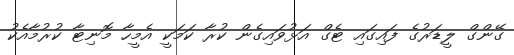
ގޭންގް ލީޑަރުގެ ފައިގައި ޓެގް އަޅުވައިގެން ކުރާ ކަމަކީ އެމީހާ މޮނިޓާ ކުރުމާއެކު